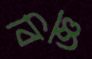
বিজ্ঞ